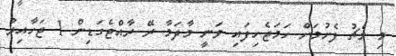
މި މެޗު ފެށުމަށް ހަމަޖެހިފައި ވަނީ މާދަމާ ރޭ ރާއްޖެގަޑިން 1 ޖަހާއިރު